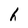
Character: h